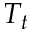
T _ { t }